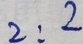
2 : 2